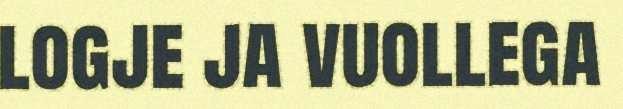
logje ja vuollega